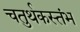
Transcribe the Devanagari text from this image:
चतुर्थकस्तंभ